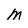
Character: m